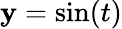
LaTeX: \mathbf{y}=\sin(t)